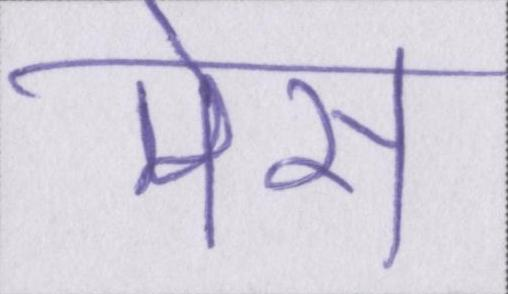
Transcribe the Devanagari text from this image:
मेस